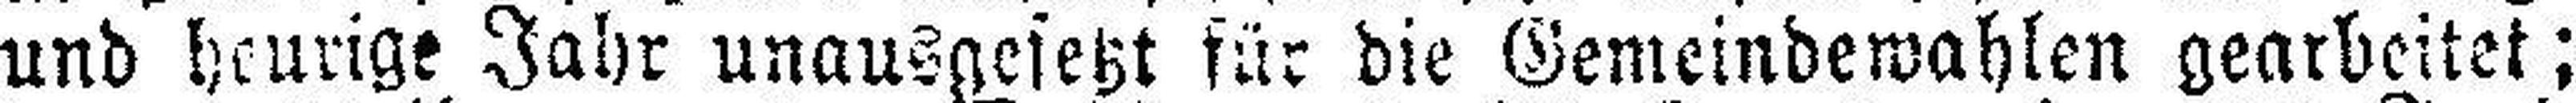
und heurige Jahr unausgesetzt für die Gemeindewahlen gearbeitet;